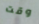
وقت